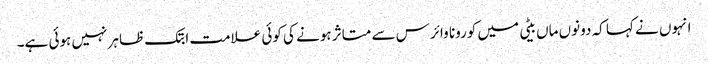
انہوں نے کہا کہ دونوں ماں بیٹی میں کورونا وائرس سے متاثر ہونے کی کوئی علامت ابتک ظاہر نہیں ہوئی ہے۔